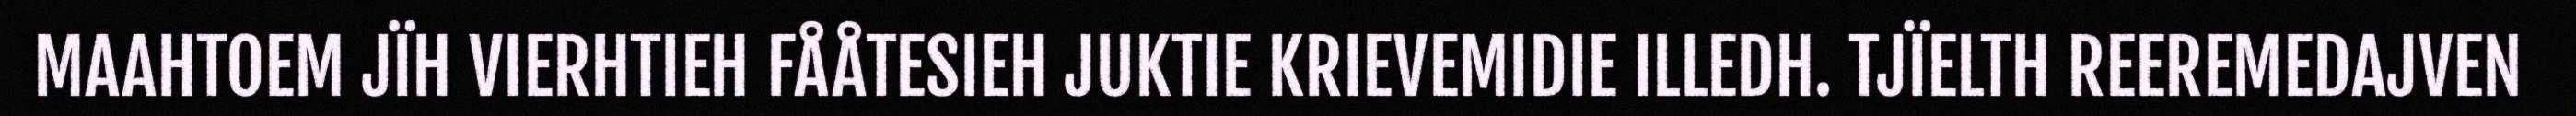
MAAHTOEM JÏH VIERHTIEH FÅÅTESIEH JUKTIE KRIEVEMIDIE ILLEDH. TJÏELTH REEREMEDAJVEN